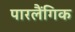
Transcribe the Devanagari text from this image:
पारलैंगिक